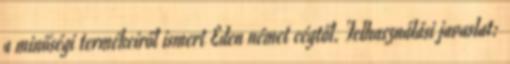
a minőségi termékeiről ismert Eden német cégtől. Felhasználási javaslat: